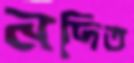
নদিত